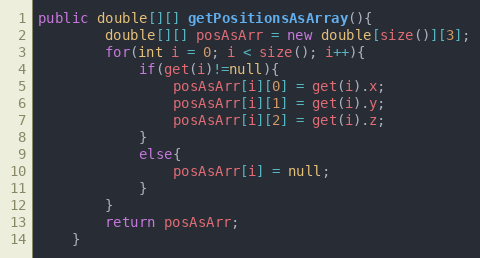
Language: Java
public double[][] getPositionsAsArray(){
		double[][] posAsArr = new double[size()][3];
		for(int i = 0; i < size(); i++){
			if(get(i)!=null){
				posAsArr[i][0] = get(i).x;
				posAsArr[i][1] = get(i).y;
				posAsArr[i][2] = get(i).z;
			}
			else{
				posAsArr[i] = null;
			}
		}
		return posAsArr;
	}